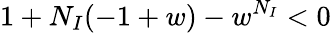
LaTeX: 1+N_{I}(-1+w)-w^{N_{I}}<0